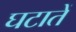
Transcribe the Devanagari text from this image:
घटातें